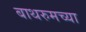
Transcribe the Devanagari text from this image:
बाथरुमच्‍या